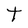
Character: t